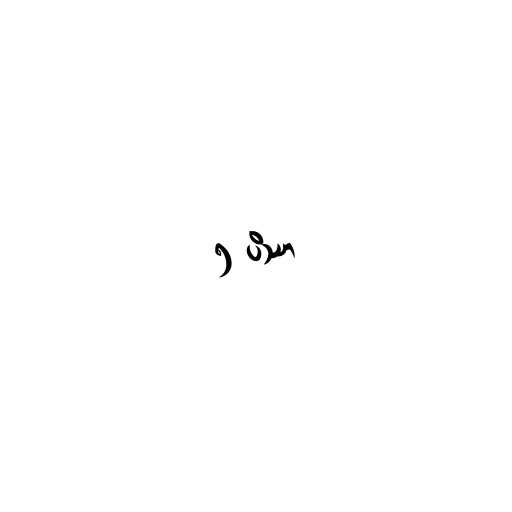
၅ ပိဿာ